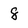
Character: 8